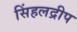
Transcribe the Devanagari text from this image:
सिंहलद्रीप